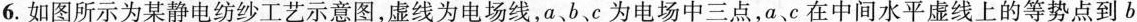
6.如图所示为某静电纺纱工艺示意图，虚线为电场线，a、b、c为电场中三点，a、c在中间水平虚线上的等势点到b